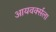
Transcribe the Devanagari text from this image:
आयवर्क्सला